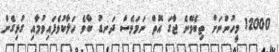
12000 މީހުންނަށް ތިބެވޭނެ ޖާގަ އޮތް ނަމަވެސް ދަނޑު ބާވެ ހަލާކުވެފައިވުމާއި ގުޅިގެން